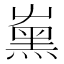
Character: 𡴦